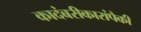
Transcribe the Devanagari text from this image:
कादंबरीकारांपैकी